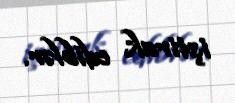
iştirak ediblər.